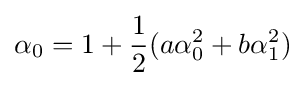
\alpha _{0}=1+{\frac {1}{2}}(a\alpha _{0}^{2}+b\alpha _{1}^{2})